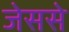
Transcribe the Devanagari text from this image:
जेससे